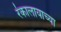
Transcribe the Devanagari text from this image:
रंकालायाच्या